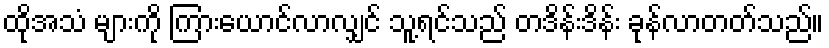
ထိုအသံ များကို ကြားယောင်လာလျှင် သူ့ရင်သည် တဒိန်းဒိန်း ခုန်လာတတ်သည်။